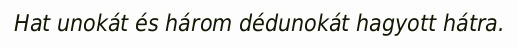
Hat unokát és három dédunokát hagyott hátra.